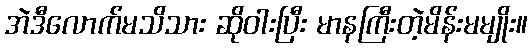
အဲဒီလောက်မသိသား ဆိုဝါးပြီး မာနကြီးတဲ့မိန်းမမျိုး။